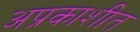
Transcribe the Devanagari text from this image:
अप्रकाशीत